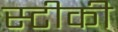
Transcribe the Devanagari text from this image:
स्टीकी